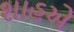
શાહએ